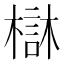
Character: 㯎